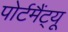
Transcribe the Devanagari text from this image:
पोर्टमैंट्यू